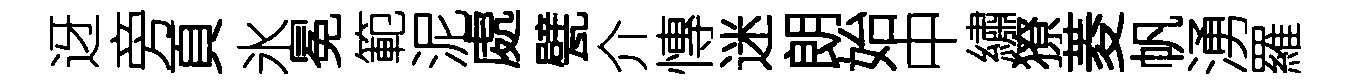
迓旁頁氷冕範泥處甓介慱迷朗始中繡獠菱帆湧羅